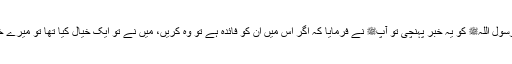
اس کے بعد رسول اللہﷺ کو یہ خبر پہنچی تو آپﷺ نے فرمایا کہ اگر اس میں ان کو فائدہ ہے تو وہ کریں، میں نے تو ایک خیال کیا تھا تو میرے خیال کو نہ لو۔